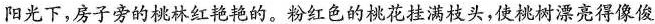
阳光下，房子旁的桃林红艳艳的。粉红色的桃花挂满枝头，使桃树漂亮得像俊